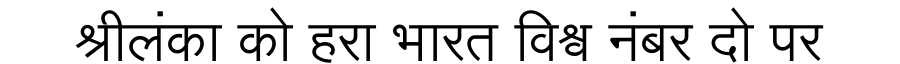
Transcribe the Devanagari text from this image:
श्रीलंका को हरा भारत विश्व नंबर दो पर